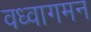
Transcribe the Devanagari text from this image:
वध्वागमन